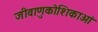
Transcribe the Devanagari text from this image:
जीवाणुकोशिकाओं